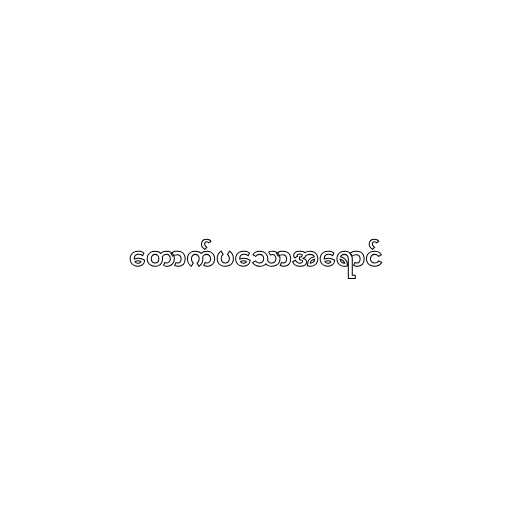
တောက်ပသောအရောင်